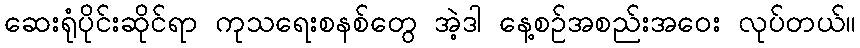
ဆေးရုံပိုင်းဆိုင်ရာ ကုသရေးစနစ်တွေ အဲ့ဒါ နေ့စဉ်အစည်းအဝေး လုပ်တယ်။